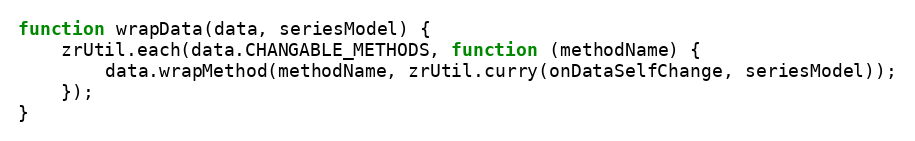
Language: JavaScript
function wrapData(data, seriesModel) {
    zrUtil.each(data.CHANGABLE_METHODS, function (methodName) {
        data.wrapMethod(methodName, zrUtil.curry(onDataSelfChange, seriesModel));
    });
}